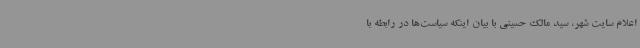
اعلام سایت شهر، سید مالک حسینی با بیان اینکه سیاست‌ها در رابطه با